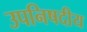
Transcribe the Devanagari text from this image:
उपनिषदीय